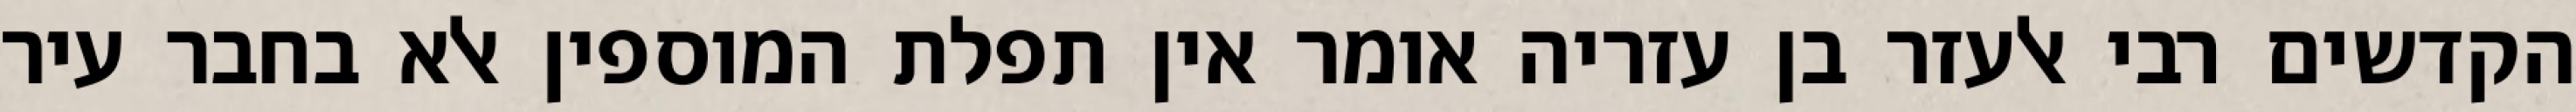
הקדשים רבי אלעזר בן עזריה אומר אין תפלת המוספין אלא בחבר עיר